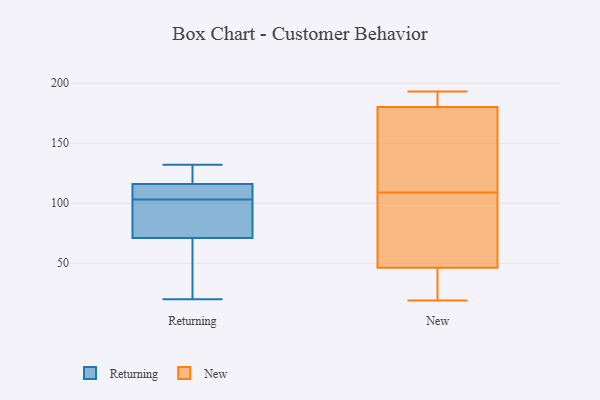
{"axis": {"x": "Net Income (USD K)", "y": "Value"}, "legend": ["New", "Returning"], "data": [{"x": "", "y": 87, "type": "Returning"}, {"x": "", "y": 132, "type": "Returning"}, {"x": "", "y": 106, "type": "Returning"}, {"x": "", "y": 113, "type": "Returning"}, {"x": "", "y": 24, "type": "Returning"}, {"x": "", "y": 116, "type": "Returning"}, {"x": "", "y": 71, "type": "Returning"}, {"x": "", "y": 129, "type": "Returning"}, {"x": "", "y": 100, "type": "Returning"}, {"x": "", "y": 20, "type": "Returning"}, {"x": "", "y": 180, "type": "New"}, {"x": "", "y": 181, "type": "New"}, {"x": "", "y": 109, "type": "New"}, {"x": "", "y": 50, "type": "New"}, {"x": "", "y": 35, "type": "New"}, {"x": "", "y": 86, "type": "New"}, {"x": "", "y": 178, "type": "New"}, {"x": "", "y": 21, "type": "New"}, {"x": "", "y": 19, "type": "New"}, {"x": "", "y": 84, "type": "New"}, {"x": "", "y": 193, "type": "New"}, {"x": "", "y": 188, "type": "New"}, {"x": "", "y": 156, "type": "New"}]}